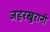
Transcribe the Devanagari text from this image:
जहरखुरानी